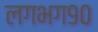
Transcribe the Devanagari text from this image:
लगभग९०